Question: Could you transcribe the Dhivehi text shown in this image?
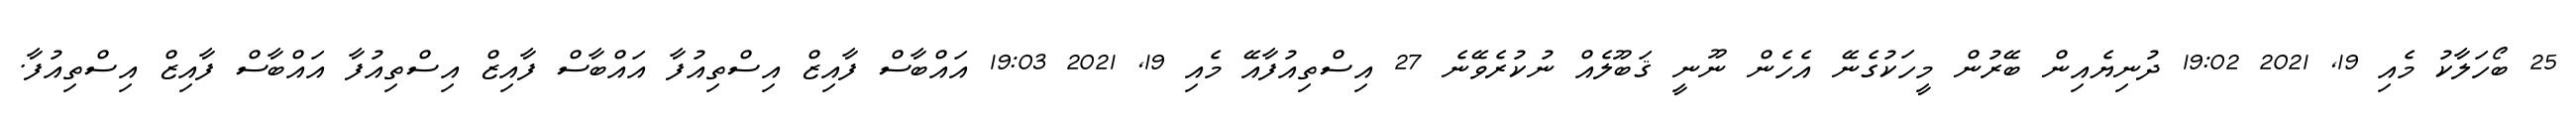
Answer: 25 ބޯހަލާކު މެއި 19, 2021 19:02 ދުނިޔެއިން ބޭރުން މީހަކުގެނޭ އެހެން ނޫނީ ޤަބޫލެއް ނުކުރެވޭނެ 27 އިސްތިއުފާއޭ މެއި 19, 2021 19:03 އައްބާސް ފާއިޒް އިސްތިއުފާ އައްބާސް ފާއިޒް އިސްތިއުފާ އައްބާސް ފާއިޒް އިސްތިއުފާ.